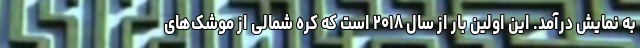
به نمایش درآمد. این اولین بار از سال ۲۰۱۸ است که کره شمالی از موشک‌های